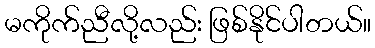
မကိုက်ညီလို့လည်း ဖြစ်နိုင်ပါတယ်။